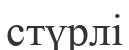
стүрлі